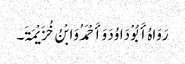
رَوَاہُ أَبُوْ دَاوُدَ وَأَحْمَدُ وَابْنُ خُزَیْمَۃَ۔